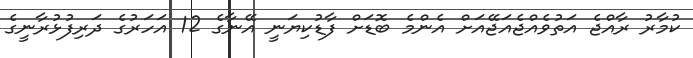
ކުމާރު ރާއްޖެ އަތުވެއްޖެއަޖޭއަށް އެންމެ ބޮޑަށް ފާޑުކިޔަނީ އޭނާގެ 12 އަހަރުގެ ދަރިފުޅުރާނީގެ